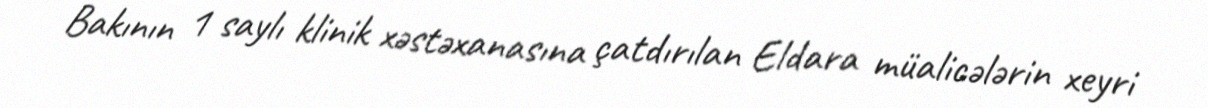
Bakının 1 saylı klinik xəstəxanasına çatdırılan Eldara müalicələrin xeyri